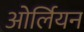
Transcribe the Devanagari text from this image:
ओर्लियन